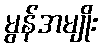
မွန်အမျိုး